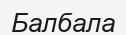
Балбала